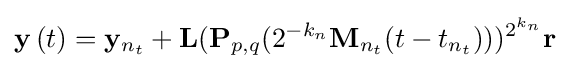
\mathbf {y} \left(t\right)=\mathbf {y} _{n_{t}}+\mathbf {L} (\mathbf {P} _{p,q}(2^{-k_{n}}\mathbf {M} _{n_{t}}(t-t_{n_{t}})))^{2^{k_{n}}}\mathbf {r}